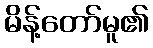
မိန့်တော်မူ၏